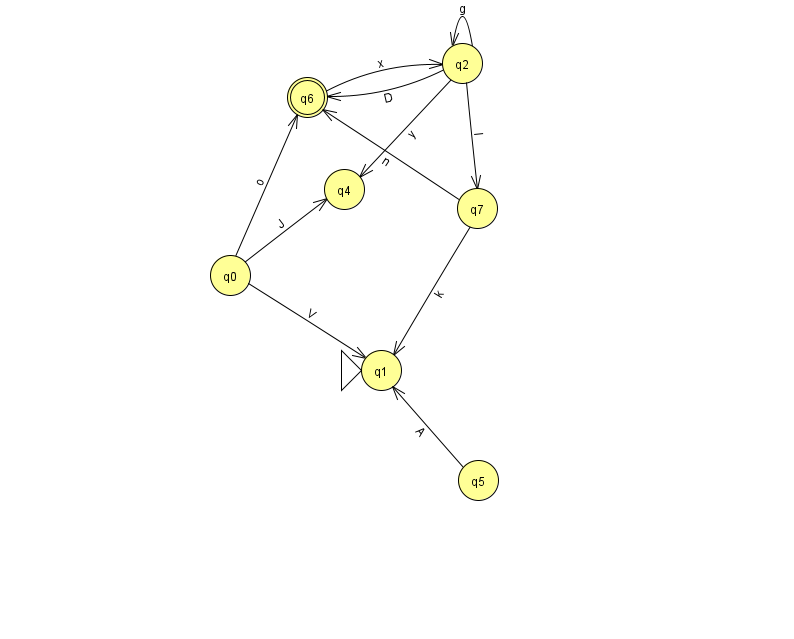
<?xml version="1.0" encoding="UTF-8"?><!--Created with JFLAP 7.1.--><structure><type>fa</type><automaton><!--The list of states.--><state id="0" name="q0"><x>230.0</x><y>262.0</y></state><state id="1" name="q1"><x>381.0</x><y>357.0</y><initial/></state><state id="2" name="q2"><x>462.0</x><y>50.0</y></state><state id="4" name="q4"><x>344.0</x><y>176.0</y></state><state id="5" name="q5"><x>478.0</x><y>467.0</y></state><state id="6" name="q6"><x>307.0</x><y>84.0</y><final/></state><state id="7" name="q7"><x>477.0</x><y>195.0</y></state><!--The list of transitions.--><transition><from>0</from><to>6</to><read>o</read></transition><transition><from>2</from><to>4</to><read>y</read></transition><transition><from>7</from><to>1</to><read>k</read></transition><transition><from>2</from><to>7</to><read>I</read></transition><transition><from>0</from><to>4</to><read>J</read></transition><transition><from>0</from><to>1</to><read>V</read></transition><transition><from>2</from><to>2</to><read>g</read></transition><transition><from>5</from><to>1</to><read>A</read></transition><transition><from>6</from><to>2</to><read>x</read></transition><transition><from>7</from><to>6</to><read>n</read></transition><transition><from>2</from><to>6</to><read>D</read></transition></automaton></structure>